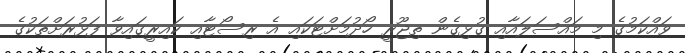
ވައްކަމުގެ މި މައްސަލައާއި ގުޅިގެން ތިޖޫރީ ހޯދުމަށްޓަކައި އެ ރިސޯޓާއި ކައިރީގައިވާ ފަޅުރަށްތަކުގެ